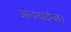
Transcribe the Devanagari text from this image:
अलग्याईन्छ।